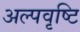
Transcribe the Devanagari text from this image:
अल्पवृष्टि